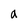
Character: a